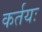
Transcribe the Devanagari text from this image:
कर्तयः